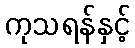
ကုသရန်နှင့်